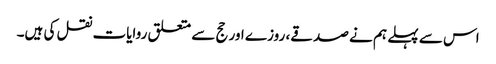
اس سے پہلے ہم نے صدقے، روزے اور حج سے متعلق روایات نقل کی ہیں۔